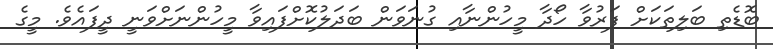
ބޮޑެތި ބަލިތަކަށް ފަރުވާ ހޯދާ މީހުންނާއި ގުނަވަން ބަދަލުކޮށްފައިވާ މީހުންނަށްވަނީ ދީފައެވެ. މީގެ